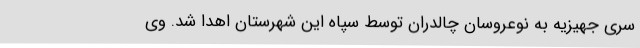
سری جهیزیه به نوعروسان چالدران توسط سپاه این شهرستان اهدا شد. وی